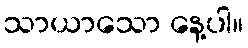
သာယာသော နေ့ပါ။